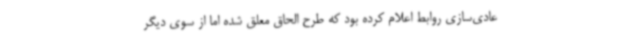
عادی‌سازی روابط اعلام کرده بود که طرح الحاق معلق شده اما از سوی دیگر